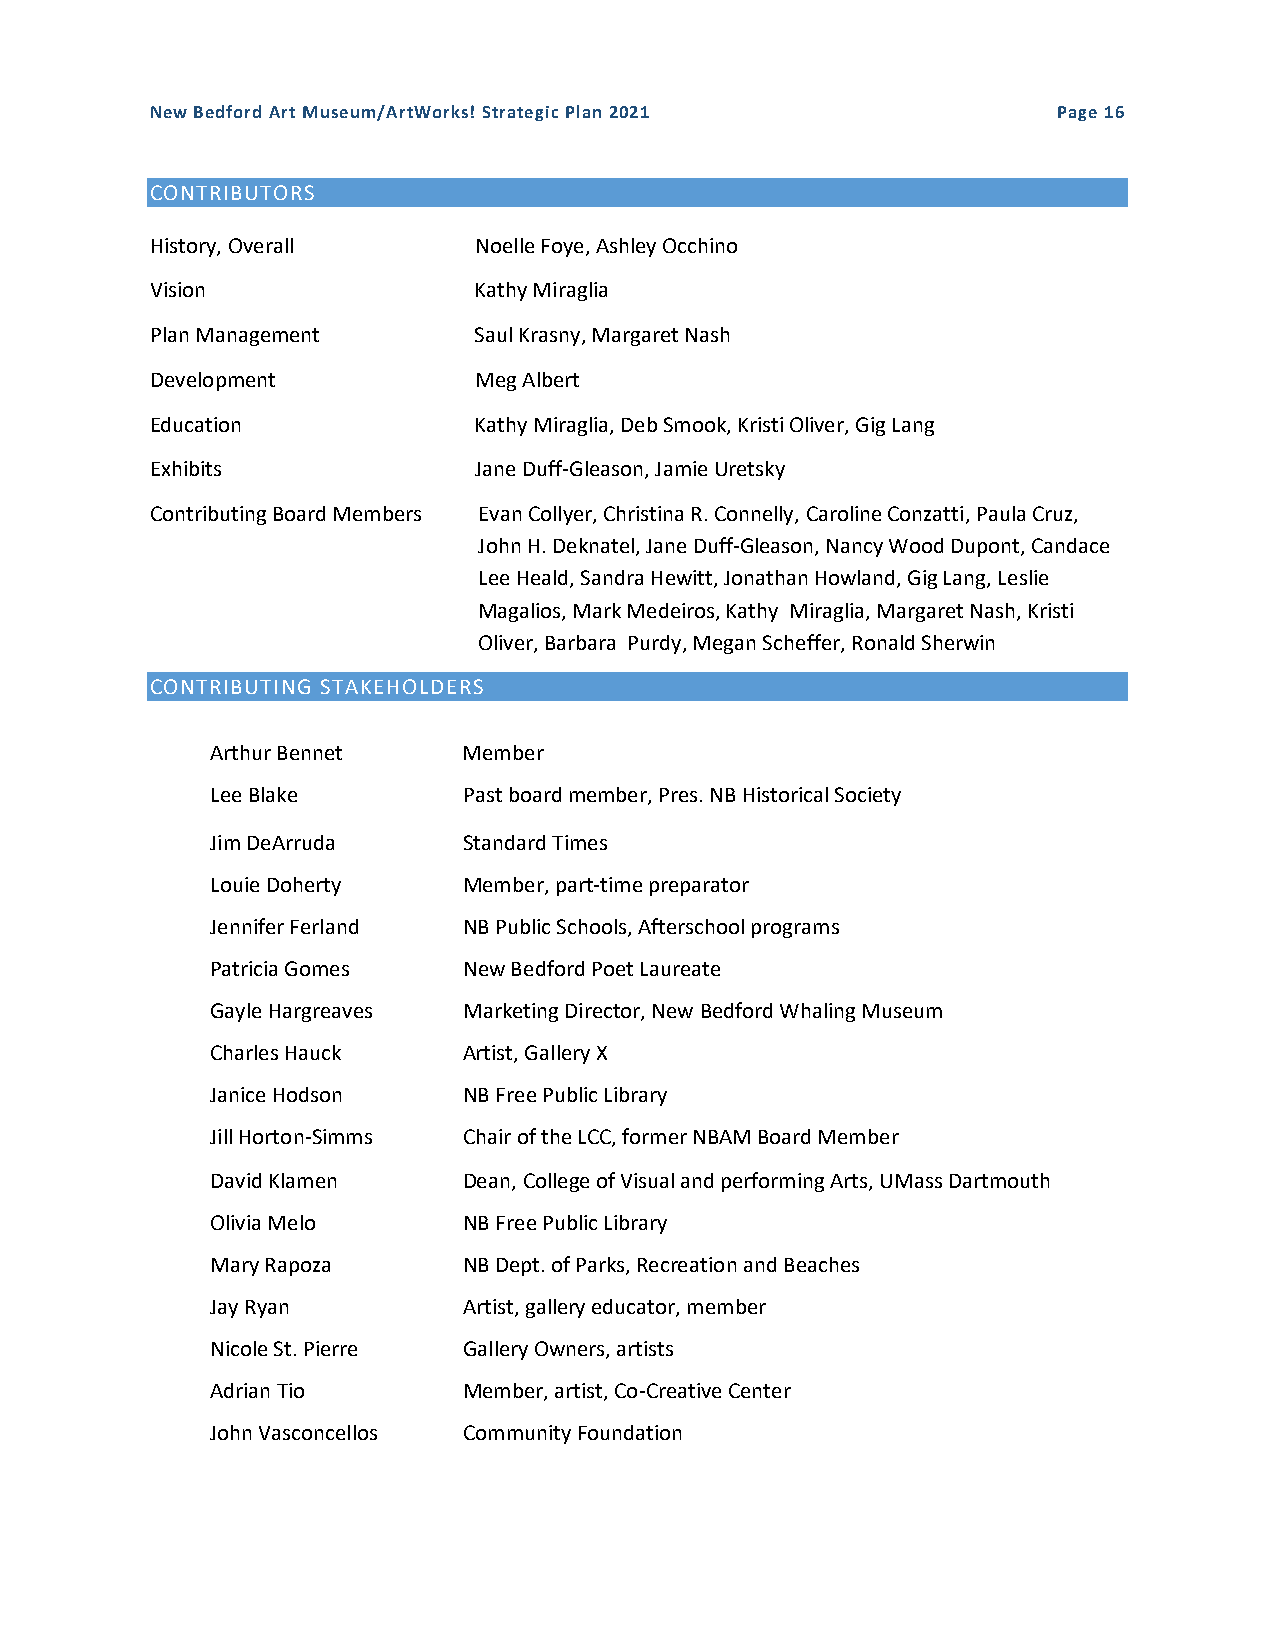
New Bedford Art Museum/ArtWorks! Strategic Plan 2021        Page 16
 CONTRIBUTORS
 History, Overall     Noelle Foye, Ashley Occhino
 Vision               Kathy Miraglia
 Plan Management      Saul Krasny, Margaret Nash
 Development          Meg Albert
 Education            Kathy Miraglia, Deb Smook, Kristi Oliver, Gig Lang
 Exhibits             Jane Duff-Gleason, Jamie Uretsky
 Contributing Board Members Evan Collyer, Christina R. Connelly, Caroline Conzatti, Paula Cruz,
 John H. Deknatel, Jane Duff-Gleason, Nancy Wood Dupont, Candace
 Lee Heald, Sandra Hewitt, Jonathan Howland, Gig Lang, Leslie
 Magalios, Mark Medeiros, Kathy Miraglia, Margaret Nash, Kristi
 Oliver, Barbara Purdy, Megan Scheffer, Ronald Sherwin
 CONTRIBUTING STAKEHOLDERS
 Arthur Bennet    Member
 Lee Blake        Past board member, Pres. NB Historical Society
 Jim DeArruda     Standard Times
 Louie Doherty    Member, part-time preparator
 Jennifer Ferland NB Public Schools, Afterschool programs
 Patricia Gomes   New Bedford Poet Laureate
 Gayle Hargreaves Marketing Director, New Bedford Whaling Museum
 Charles Hauck    Artist, Gallery X
 Janice Hodson    NB Free Public Library
 Jill Horton-Simms Chair of the LCC, former NBAM Board Member
 David Klamen     Dean, College of Visual and performing Arts, UMass Dartmouth
 Olivia Melo      NB Free Public Library
 Mary Rapoza      NB Dept. of Parks, Recreation and Beaches
 Jay Ryan         Artist, gallery educator, member
 Nicole St. Pierre Gallery Owners, artists
 Adrian Tio       Member, artist, Co-Creative Center
 John Vasconcellos Community Foundation